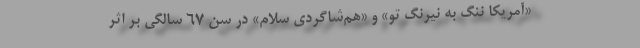
«آمریکا ننگ به نیرنگ تو» و «هم‌شاگردی سلام» در سن ۶۷ سالگی بر اثر